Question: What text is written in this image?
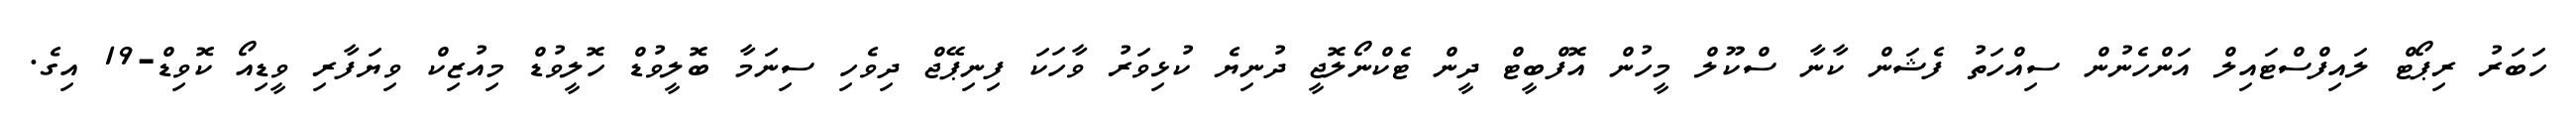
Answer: ހަބަރު ރިޕޯޓް ލައިފްސްޓައިލް އަންހެނުން ސިއްހަތު ފެޝަން ކާނާ ސްކޫލް މީހުން އޮފްބީޓް ދީން ޓެކްނޯލޮޖީ ދުނިޔެ ކުޅިވަރު ވާހަކަ ފިނިޕޭޖް ދިވެހި ސިނަމާ ބޮލީވުޑް ހޮލީވުޑް މިއުޒިކް ވިޔަފާރި ވީޑިއޯ ކޮވިޑް-19 އިގެ.